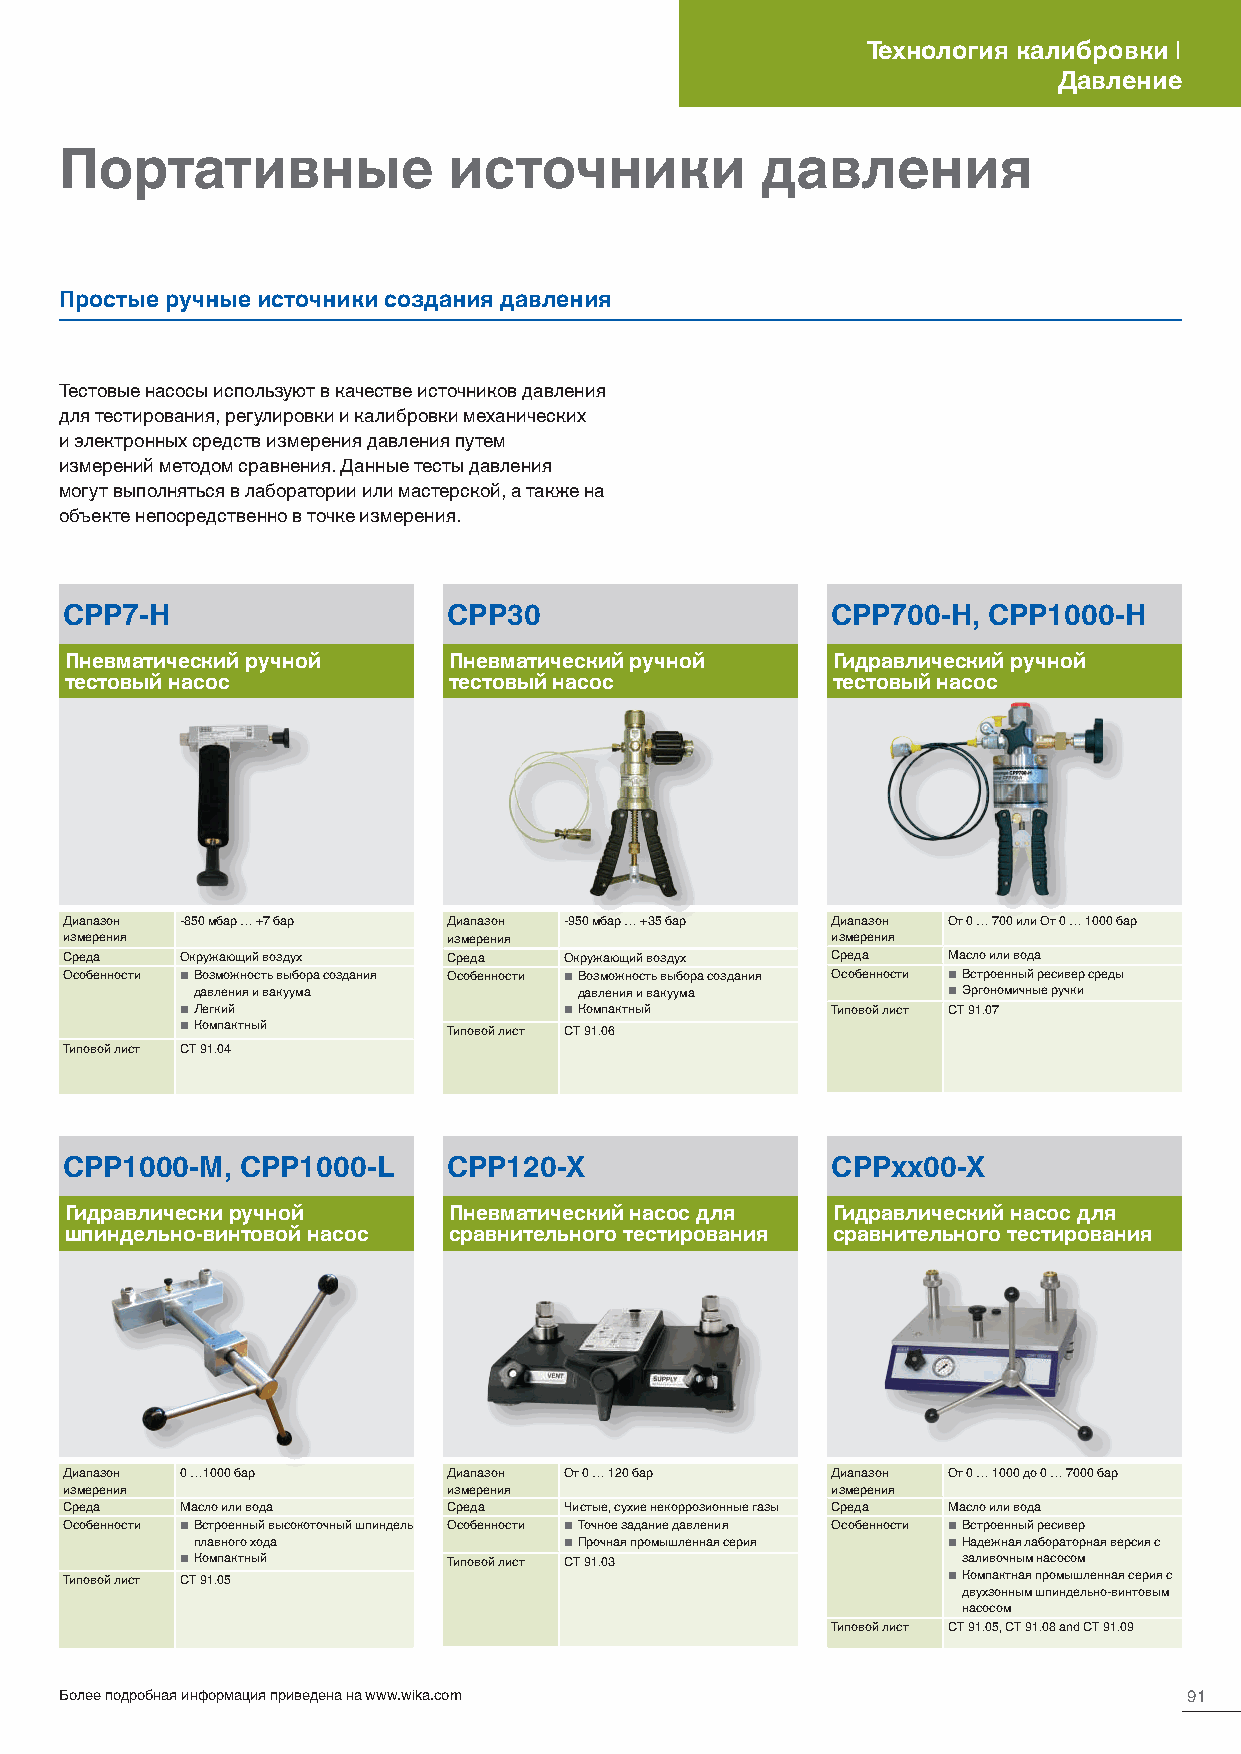
Технология калибровки |
 Давление
 Портативные               источники           давления
 Простые ручные источники создания давления
 Тестовые насосы используют в качестве источников давления
 для тестирования, регулировки и калибровки механических
 и электронных средств измерения давления путем
 измерений методом сравнения. Данные тесты давления
 могут выполняться в лаборатории или мастерской, а также на
 объекте непосредственно в точке измерения.
 CPP7-H                    CPP30                    CPP700-H, CPP1000-H
 Пневматический ручной     Пневматический ручной    Гидравлический ручной
 тестовый насос            тестовый насос           тестовый насос
 Диапазон -850 мбар … +7 бар Диапазон -950 мбар … +35 бар Диапазон От 0 … 700 или От 0 … 1000 бар
 измерения                 измерения                измерения
 Среда   Окружающий воздух Среда  Окружающий воздух Среда   Масло или вода
 Особенности ■ Возможность выбора создания Особенности ■ Возможность выбора создания Особенности ■ Встроенный ресивер среды
 давления и вакуума       давления и вакуума       ■ Эргономичные ручки
 ■ Легкий                 ■ Компактный      Типовой лист CT 91.07
 ■ Компактный      Типовой лист CT 91.06
 Типовой лист CT 91.04
 CPP1000-M,  CPP1000-L     CPP120-X                 CPPxx00-X
 Гидравлически ручной      Пневматический насос для Гидравлический насос для
 шпиндельно-винтовой насос сравнительного тестирования сравнительного тестирования
 Диапазон 0 …1000 бар      Диапазон От 0 … 120 бар  Диапазон От 0 … 1000 до 0 … 7000 бар
 измерения                 измерения                измерения
 Среда   Масло или вода    Среда  Чистые, сухие некоррозионные газы Среда Масло или вода
 Особенности ■ Встроенный высокоточный шпиндель Особенности ■ Точное задание давления Особенности ■ Встроенный ресивер
 плавного хода           ■ Прочная промышленная серия ■ Надежная лабораторная версия с
 ■ Компактный      Типовой лист CT 91.03             заливочным насосом
 Типовой лист CT 91.05                                      ■ Компактная промышленная серия с
 двухзонным шпиндельно-винтовым
 насосом
 Типовой лист CT 91.05, CT 91.08 and CT 91.09
 Более подробная информация приведена на www.wika.com                       91